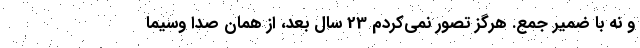
و نه با ضمیر جمع. هرگز تصور نمی‌کردم 23 سال بعد، از همان صدا وسیما